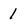
Character: 1